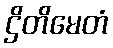
ဌိတိမေတံ